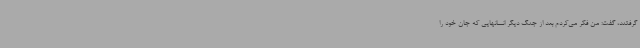
گرفتند، گفت: من فکر می‌کردم بعد از جنگ دیگر انسانهایی که جان خود را